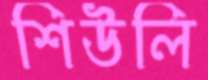
শিউলি